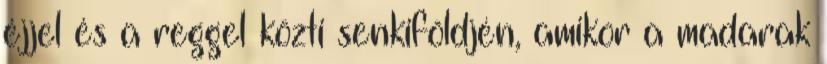
éjjel és a reggel közti senkiföldjén, amikor a madarak